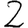
Digit: 2